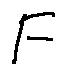
F